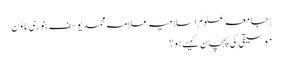
| جامعہ علوم اسلامیہ علامہ محمد یوسف بنوری ٹاؤن
موسیقی کی پہچان کیسے ہو؟